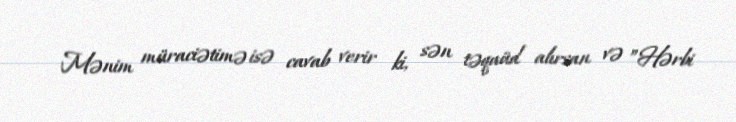
Mənim müraciətimə isə cavab verir ki, sən təqaüd alırsan və ”Hərbi